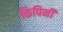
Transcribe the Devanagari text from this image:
किपिनी